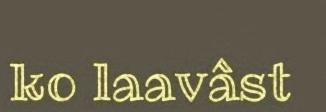
ko laavâst